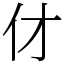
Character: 𠆫